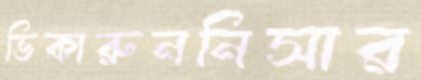
ভিকারুননিসার